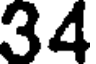
34